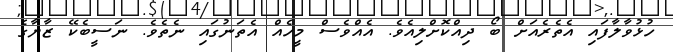
ހުޅުވާލާފައި އެތެރެއަށް ބޯ ދިއްކޮށްލިއެވެ. އެއްވެސް މީހެއް އެތަނުގައި ނެތެވެ. ނަސީބެކޭ ޒާޔާގެ